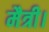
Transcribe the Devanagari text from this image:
मैत्री।